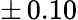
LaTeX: \pm\, 0.10